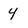
Character: y